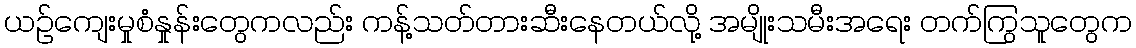
ယဉ်ကျေးမှုစံနှုန်းတွေကလည်း ကန့်သတ်တားဆီးနေတယ်လို့ အမျိုးသမီးအရေး တက်ကြွသူတွေက